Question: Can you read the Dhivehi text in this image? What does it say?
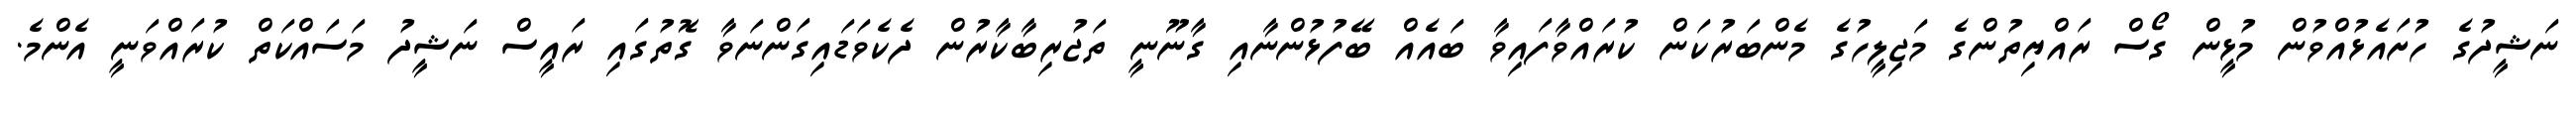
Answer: ނަޝީދުގެ ހުށައެޅުއްވުން މުޅީން ގޯސް ރައްޔިތުންގެ މަޖިލީހުގެ މެންބަރުކަން ކުރައްވާފައިވާ ބައެއް ބޭފުޅުންނާއި ގާނޫނީ ތަޖުރިބާކާރުން ދެކެވަޑައިގަންނަވާ ގޮތުގައި ރައީސް ނަޝީދު މަސައްކަތް ކުރައްވަނީ އެންމެ.